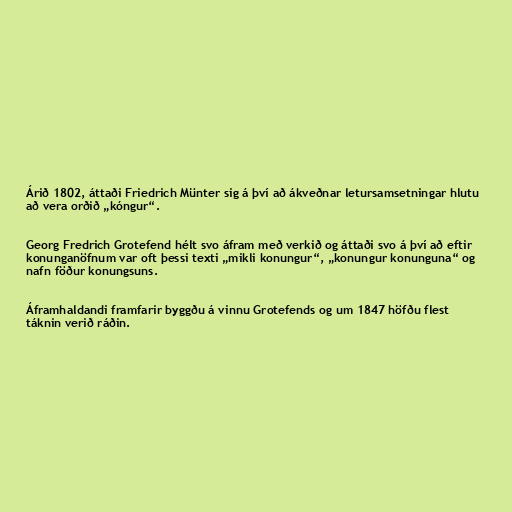
Árið 1802, áttaði Friedrich Münter sig á því að ákveðnar letursamsetningar hlutu
að vera orðið „kóngur“.

Georg Fredrich Grotefend hélt svo áfram með verkið og áttaði svo á því að eftir
konunganöfnum var oft þessi texti „mikli konungur“, „konungur konunguna“ og
nafn föður konungsuns.

Áframhaldandi framfarir byggðu á vinnu Grotefends og um 1847 höfðu flest
táknin verið ráðin.